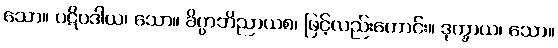
သော။ ပဋိပဒါယ၊ သော။ ခိပ္ပာဘိညာယစ၊ ဖြင့်လည်းကောင်း။ ဒုက္ခာယ၊ သော။